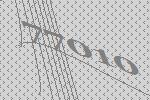
77010